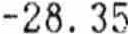
-28.35